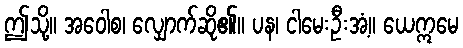
ဤသို့။ အဝေါစ၊ လျှောက်ဆို၏။ ပန၊ ငါမေးဦးအံ့။ ယေဣမေ